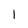
Character: l